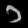
Digit: ၁